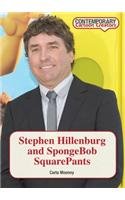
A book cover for Stephen Hillenburg and Spongebob Squarepants (Contemporary Cartoon Creators); Carla Mooney; Teen & Young Adult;